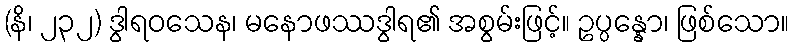
(နိ၊ ၂၃၂) ဒွါရဝသေန၊ မနောဖဿဒွါရ၏ အစွမ်းဖြင့်။ ဥပ္ပန္နော၊ ဖြစ်သော။